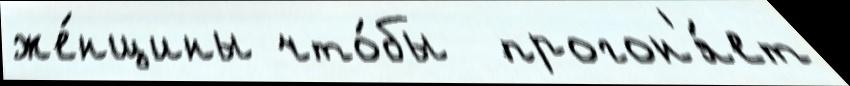
же́нщины что́бы  прогон'я́ет